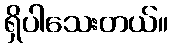
ရှိပါသေးတယ်။